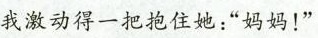
”我激动得一把抱住她：”妈妈！”